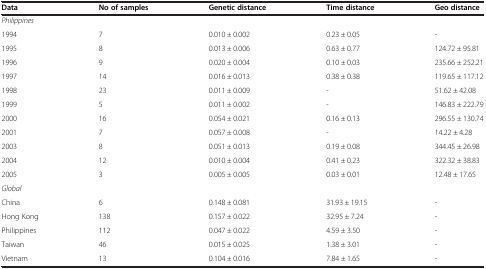
<table><thead><tr><td><b>Data</b></td><td><b>No of samples</b></td><td><b>Genetic distance</b></td><td><b>Time distance</b></td><td><b>Geo distance</b></td></tr></thead><tbody><tr><td colspan="5"><i>Philippines</i></td></tr><tr><td>1994</td><td>7</td><td>0.010 ± 0.002</td><td>0.23 ± 0.05</td><td>-</td></tr><tr><td>1995</td><td>8</td><td>0.013 ± 0.006</td><td>0.63 ± 0.77</td><td>124.72 ± 95.81</td></tr><tr><td>1996</td><td>9</td><td>0.020 ± 0.004</td><td>0.10 ± 0.03</td><td>235.66 ± 252.21</td></tr><tr><td>1997</td><td>14</td><td>0.016 ± 0.013</td><td>0.38 ± 0.38</td><td>119.65 ± 117.12</td></tr><tr><td>1998</td><td>23</td><td>0.011 ± 0.009</td><td>-</td><td>51.62 ± 42.08</td></tr><tr><td>1999</td><td>5</td><td>0.011 ± 0.002</td><td>-</td><td>146.83 ± 222.79</td></tr><tr><td>2000</td><td>16</td><td>0.054 ± 0.021</td><td>0.16 ± 0.13</td><td>296.55 ± 130.74</td></tr><tr><td>2001</td><td>7</td><td>0.057 ± 0.008</td><td>-</td><td>14.22 ± 4.28</td></tr><tr><td>2003</td><td>8</td><td>0.051 ± 0.013</td><td>0.19 ± 0.08</td><td>344.45 ± 26.98</td></tr><tr><td>2004</td><td>12</td><td>0.010 ± 0.004</td><td>0.41 ± 0.23</td><td>322.32 ± 38.83</td></tr><tr><td>2005</td><td>3</td><td>0.005 ± 0.005</td><td>0.03 ± 0.01</td><td>12.48 ± 17.65</td></tr><tr><td colspan="5"><i>Global</i></td></tr><tr><td>China</td><td>6</td><td>0.148 ± 0.081</td><td>31.93 ± 19.15</td><td>-</td></tr><tr><td>Hong Kong</td><td>138</td><td>0.157 ± 0.022</td><td>32.95 ± 7.24</td><td>-</td></tr><tr><td>Philippines</td><td>112</td><td>0.047 ± 0.022</td><td>4.59 ± 3.50</td><td>-</td></tr><tr><td>Taiwan</td><td>46</td><td>0.015 ± 0.025</td><td>1.38 ± 3.01</td><td>-</td></tr><tr><td>Vietnam</td><td>13</td><td>0.104 ± 0.016</td><td>7.84 ± 1.65</td><td>-</td></tr></tbody></table>